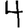
Digit: 4